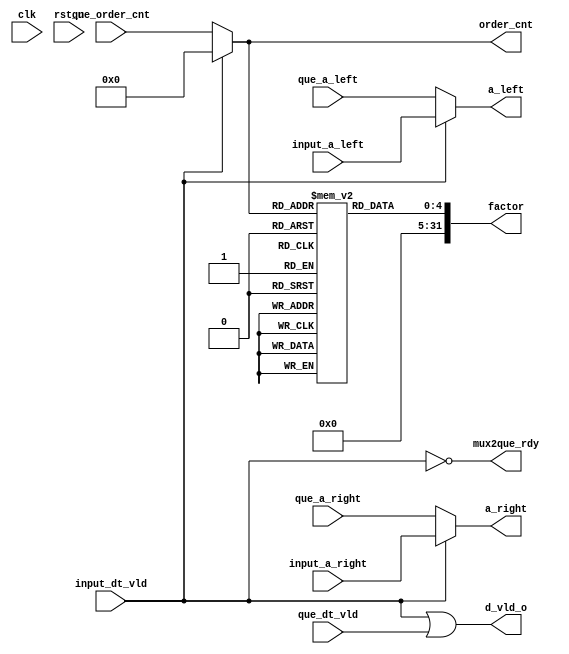
module arbitor
#(parameter WID_D = 32, 
  parameter WID_F = 32, 
  parameter ORD_NUM = 30, 
  parameter CNT_W = 5)
(
    input                       clk,
    input                       rst_n,

    // from input ctrl
    input       [WID_D-1:0]     input_a_left,
    input       [WID_D-1:0]     input_a_right,
    input                       input_dt_vld,

    // from queue
    input       [WID_D-1:0]     que_a_left,
    input       [WID_D-1:0]     que_a_right,
    input       [CNT_W-1:0]     que_order_cnt,
    input                       que_dt_vld, 
    output                      mux2que_rdy,

    // reg x write

    // to alu
    output      [WID_D-1:0]      a_left, 
    output      [WID_D-1:0]      a_right,  
    output      [WID_F-1:0]      factor,
    output      [CNT_W-1:0]      order_cnt,   
    output                       d_vld_o

);

reg     [CNT_W-1:0]         factor_t[ORD_NUM];

assign mux2que_rdy = !input_dt_vld;

// to ALU
assign a_left    = input_dt_vld ? input_a_left  : que_a_left;
assign a_right   = input_dt_vld ? input_a_right : que_a_right;
assign order_cnt = input_dt_vld ? 'd0 : que_order_cnt;
assign d_vld_o   = input_dt_vld || que_dt_vld;
assign factor    = factor_t[order_cnt];

//TODO , factor_t cal need to be done;

endmodule